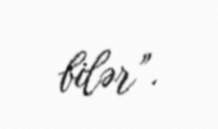
bilər”.